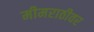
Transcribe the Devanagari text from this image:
मीमराठीवर